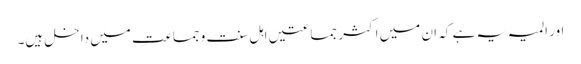
اور المیہ یہ ہے کہ ان میں اکثر جماعتیں اہل سنت و جماعت میں داخل ہیں۔